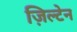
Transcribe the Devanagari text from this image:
ज़िल्टेन